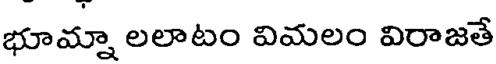
భూమ్నా లలాటం విమలం విరాజతే